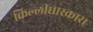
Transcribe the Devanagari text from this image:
किल्लीधारकास